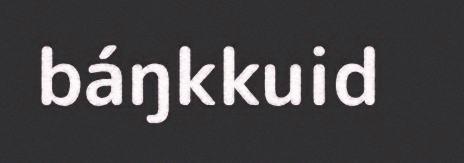
báŋkkuid